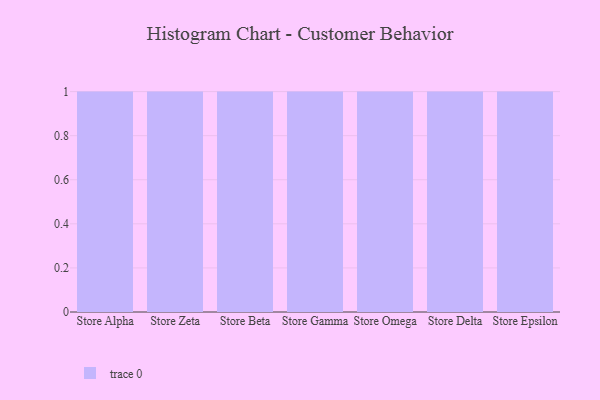
{"axis": {"x": "Store", "y": "Churn Rate (%)"}, "legend": [""], "data": [{"x": "Store Alpha", "y": 16, "type": ""}, {"x": "Store Zeta", "y": 36, "type": ""}, {"x": "Store Beta", "y": 91, "type": ""}, {"x": "Store Gamma", "y": 18, "type": ""}, {"x": "Store Omega", "y": 78, "type": ""}, {"x": "Store Delta", "y": 30, "type": ""}, {"x": "Store Epsilon", "y": 10, "type": ""}]}